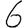
Digit: 6